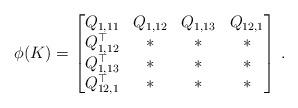
LaTeX: \begin{align*}\phi(K) = \begin{bmatrix} Q_{1,11} & Q_{1,12} & Q_{1,13} & Q_{12,1} \\ Q_{1,12}^{\top} & * & * & * \\ Q_{1,13}^{\top} & * & * & * \\ Q_{12,1}^{\top} & * & * & * \end{bmatrix} \,.\end{align*}